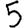
Digit: 5